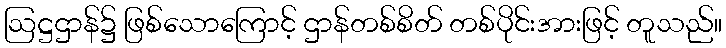
ဩဋ္ဌဌာန်၌ ဖြစ်သောကြောင့် ဌာန်တစ်စိတ် တစ်ပိုင်းအားဖြင့် တူသည်။